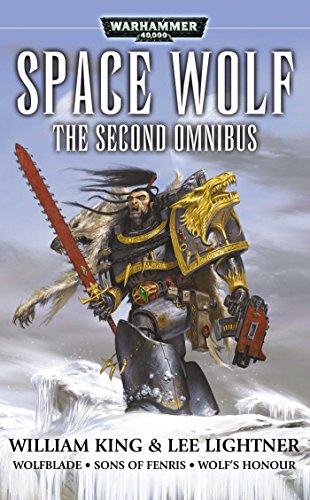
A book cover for Space Wolf: The Second Omnibus; William King; Science Fiction & Fantasy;